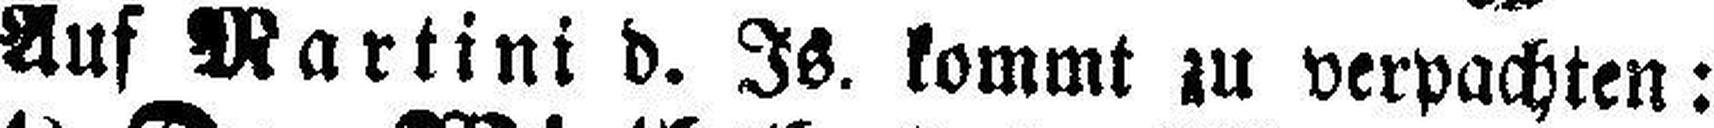
Auf Martini d. Is. kommt zu verpachten: